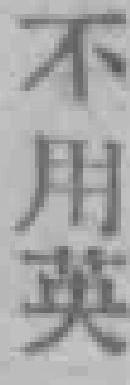
不用英